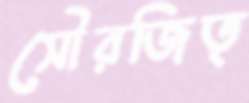
সৌরজিত্